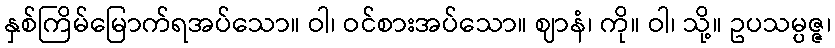
နှစ်ကြိမ်မြောက်ရအပ်သော။ ဝါ၊ ဝင်စားအပ်သော။ ဈာနံ၊ ကို။ ဝါ၊ သို့။ ဥပသမ္ပဇ္ဇ၊